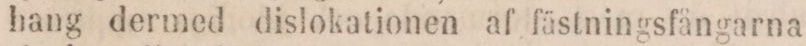
hang dermed dislokationen af fästningsfångarna